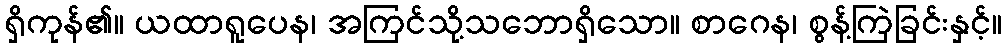
ရှိကုန်၏။ ယထာရူပေန၊ အကြင်သို့သဘောရှိသော။ စာဂေန၊ စွန့်ကြဲခြင်းနှင့်။